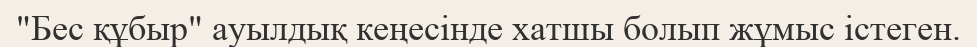
"Бес құбыр" ауылдық кеңесінде хатшы болып жұмыс істеген.